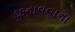
દફનાવવાના